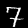
Digit: 7